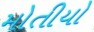
મોતીયો